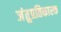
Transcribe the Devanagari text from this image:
जंतुप्रतिकारक